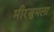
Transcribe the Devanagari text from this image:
मीरजुमला